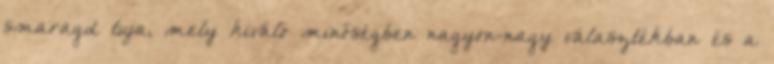
smaragd tuja, mely kiváló minőségben nagyon-nagy választékban és a